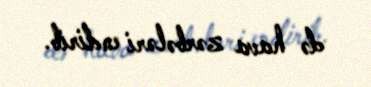
də hava zərbələri endirib.